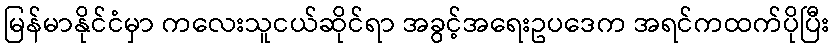
မြန်မာနိုင်ငံမှာ ကလေးသူငယ်ဆိုင်ရာ အခွင့်အရေးဥပဒေက အရင်ကထက်ပိုပြီး